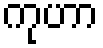
ကုဟာ